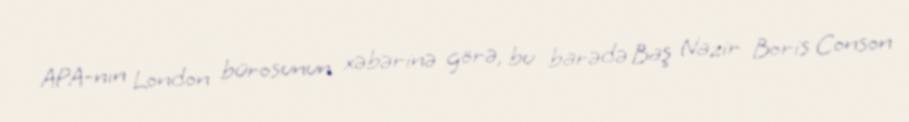
APA-nın London bürosunun xəbərinə görə, bu barədə Baş Nazir Boris Conson